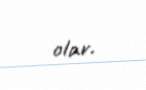
olar.